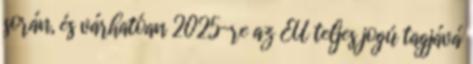
során, és várhatóan 2025-re az EU teljes jogú tagjává